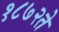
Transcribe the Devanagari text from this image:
१८७२ते